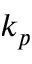
k _ { p }